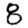
Digit: 8